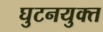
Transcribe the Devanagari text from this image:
घुटनयुक्त